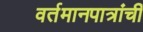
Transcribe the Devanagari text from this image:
वर्तमानपात्रांची